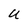
Character: U